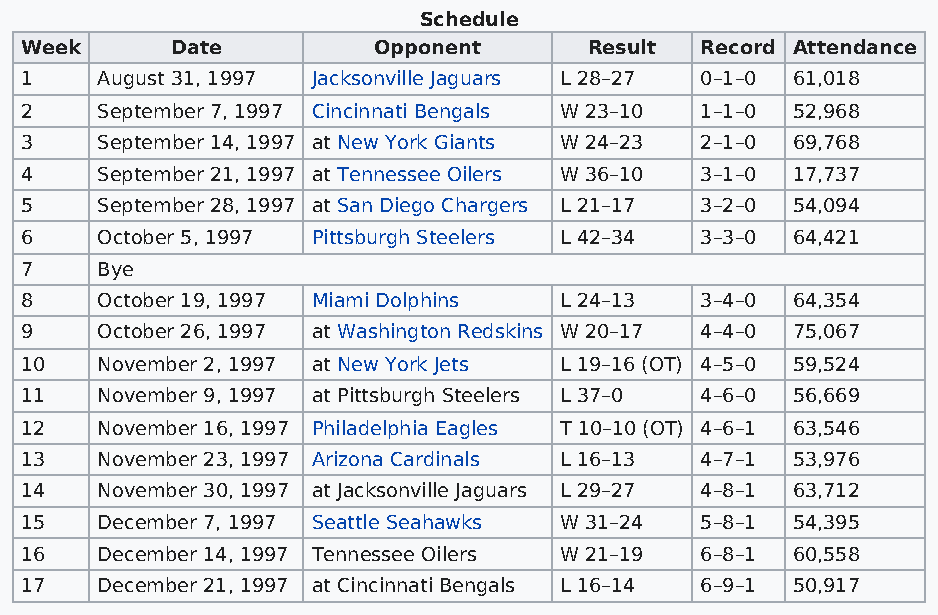
Schedule
 Week      Date          Opponent      Result Record Attendance
 1    August 31, 1997 Jacksonville Jaguars L 28–27 0–1–0 61,018
 2    September 7, 1997 Cincinnati Bengals W 23–10 1–1–0 52,968
 3    September 14, 1997 at New York Giants W 24–23 2–1–0 69,768
 4    September 21, 1997 at Tennessee Oilers W 36–10 3–1–0 17,737
 5    September 28, 1997 at San Diego Chargers L 21–17 3–2–0 54,094
 6    October 5, 1997 Pittsburgh Steelers L 42–34 3–3–0 64,421
 7    Bye
 8    October 19, 1997 Miami Dolphins L 24–13 3–4–0 64,354
 9    October 26, 1997 at Washington Redskins W 20–17 4–4–0 75,067
 10   November 2, 1997 at New York Jets L 19–16 (OT) 4–5–0 59,524
 11   November 9, 1997 at Pittsburgh Steelers L 37–0 4–6–0 56,669
 12   November 16, 1997 Philadelphia Eagles T 10–10 (OT) 4–6–1 63,546
 13   November 23, 1997 Arizona Cardinals L 16–13 4–7–1 53,976
 14   November 30, 1997 at Jacksonville Jaguars L 29–27 4–8–1 63,712
 15   December 7, 1997 Seattle Seahawks W 31–24 5–8–1 54,395
 16   December 14, 1997 Tennessee Oilers W 21–19 6–8–1 60,558
 17   December 21, 1997 at Cincinnati Bengals L 16–14 6–9–1 50,917